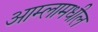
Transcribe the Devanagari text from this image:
आम्लामधील